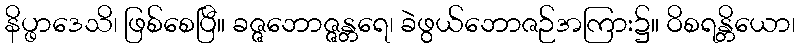
နိပ္ဖာဒေသိ၊ ဖြစ်စေပြီ။ ခဇ္ဇဘောဇ္ဇန္တရေ၊ ခဲဖွယ်ဘောဇဉ်အကြား၌။ ဝိစရန္တိယော၊